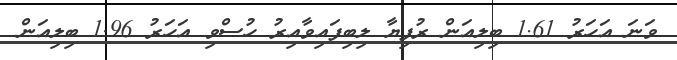
ވަނަ އަހަރު 1.61 ބިލިއަން ރުފިޔާ ލިބިފައިވާއިރު ހުސްވި އަހަރު 1.96 ބިލިއަން